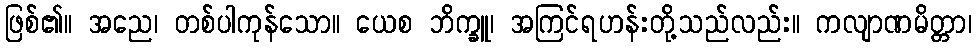
ဖြစ်၏။ အညေ၊ တစ်ပါကုန်သော။ ယေစ ဘိက္ခူ၊ အကြင်ရဟန်းတို့သည်လည်း။ ကလျာဏမိတ္တာ၊